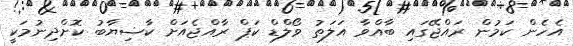
އެހެން ކަމުން ރައްޖޭގައި ބާއްވާ އަލަތު ވޯލްޑް ކަޕް ރާއްޖެއަށް ކާޟިޔާބު ކޮށްދިނުމަކީ